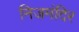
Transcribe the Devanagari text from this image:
निजमंदिर